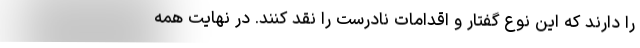
را دارند که این نوع گفتار و اقدامات نادرست را نقد کنند. در نهایت همه